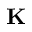
\mathbf { K }